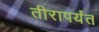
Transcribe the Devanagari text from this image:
तीरापर्यंत